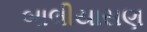
બાલીયાસણ